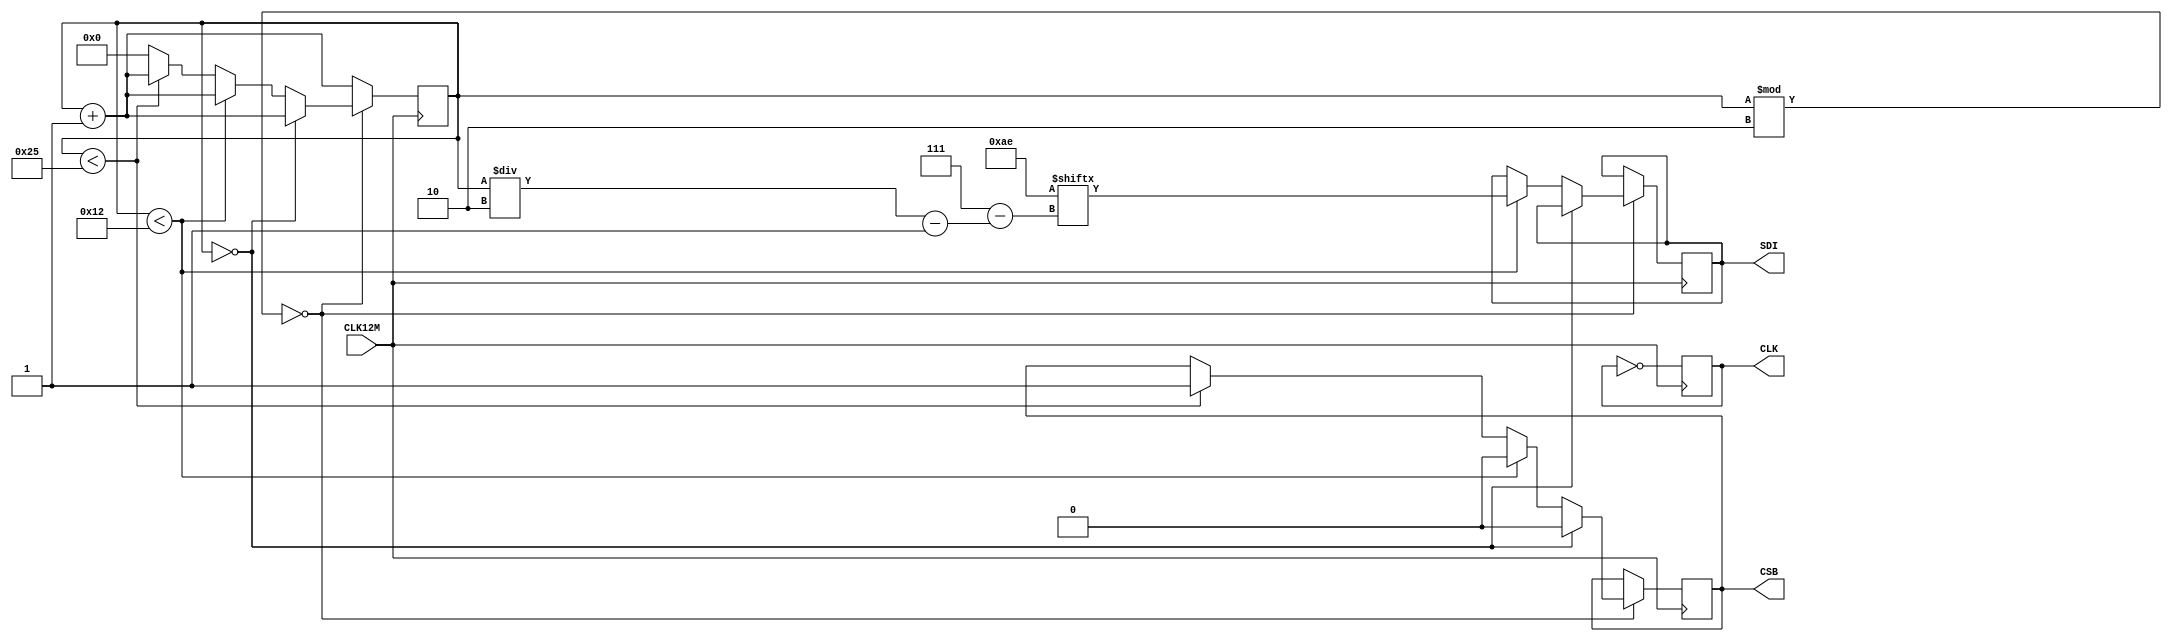
module spi_bus (
	input CLK12M,
	output SDI,
	output CSB,
	output CLK

);

	
	///Its perfect spi for all spi slaves that ignore every other transaction!!!
	reg clkReg = 1;
	reg csbReg = 1;
	reg data = 0;
	reg [7:0] transaction = 0;
	reg test = 0;
	reg [7:0] dataWrite = 8'b10101110;
	reg [7:0] counter = 0;
	always @(posedge CLK12M) begin
		if(transaction % 2 == 0) begin
			clkReg <= ~clkReg;
			if(transaction == 0) begin
				csbReg <= 0;
				transaction <= transaction + 1;
			end
			else if(transaction < 18) begin
				csbReg <= 0;
				data <= dataWrite[7- (transaction/2 - 1)];
				transaction <= transaction + 1;
			end
			else if (transaction < 37) begin
				csbReg <= 1;
				transaction <= transaction + 1;
			end
			else begin
				transaction <= 0;
			end
		end
		else begin
			clkReg <= ~clkReg;
			transaction <= transaction + 1;
		end
	end
	


	assign CSB = csbReg;
	assign CLK = clkReg;
	assign SDI = data;
endmodule